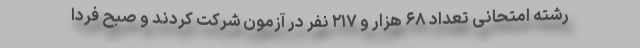
رشته امتحانی تعداد ۶۸ هزار و ۲۱۷ نفر در آزمون شرکت کردند و صبح فردا